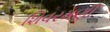
શિવરમણી